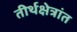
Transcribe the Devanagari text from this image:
तीर्थक्षेत्रांत